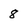
Character: 8